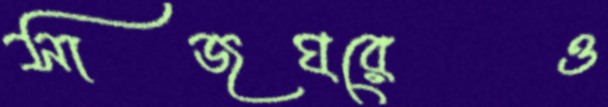
সাজঘরেও